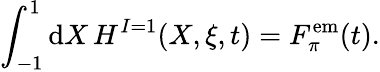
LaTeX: \int_{-1}^{1}\mathrm{d}X\, H^{I=1}(X,\xi,t)=F_{\pi}^{\mathrm{{{em}}}}(t).